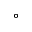
^ { \circ }